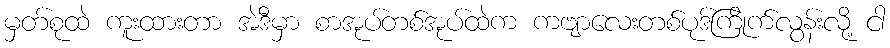
မှတ်စုထဲ ကူးထားတာ အဲဒီမှာ စာအုပ်တစ်အုပ်ထဲက ကဗျာလေးတစ်ပုဒ်ကြုိက်လွန်းလို့ ငါ